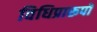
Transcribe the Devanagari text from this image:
विधिप्रारूपों